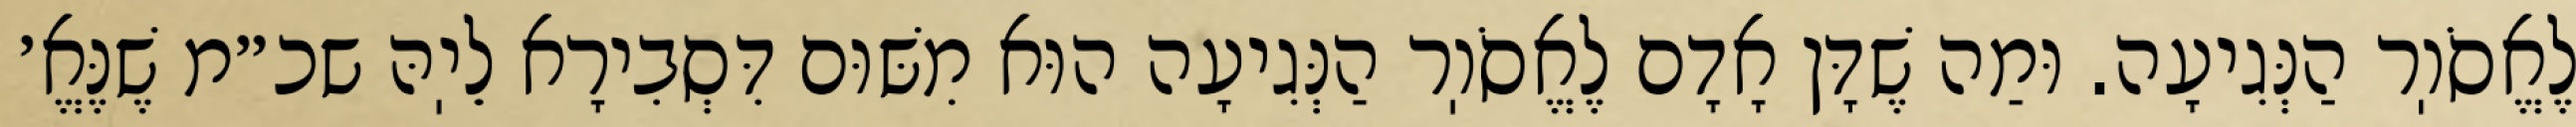
לֶאֱסֹוֽר הַנְּגִיעָה. וּמַה שֶׁדָּן אָדָם לֶאֱסֹוֽר הַנְּגִיעָה הוּא מִשּׁוּם דִּסְבִירָא לֵיֽהּ שכ״מ שֶׁנֶּאֱ׳